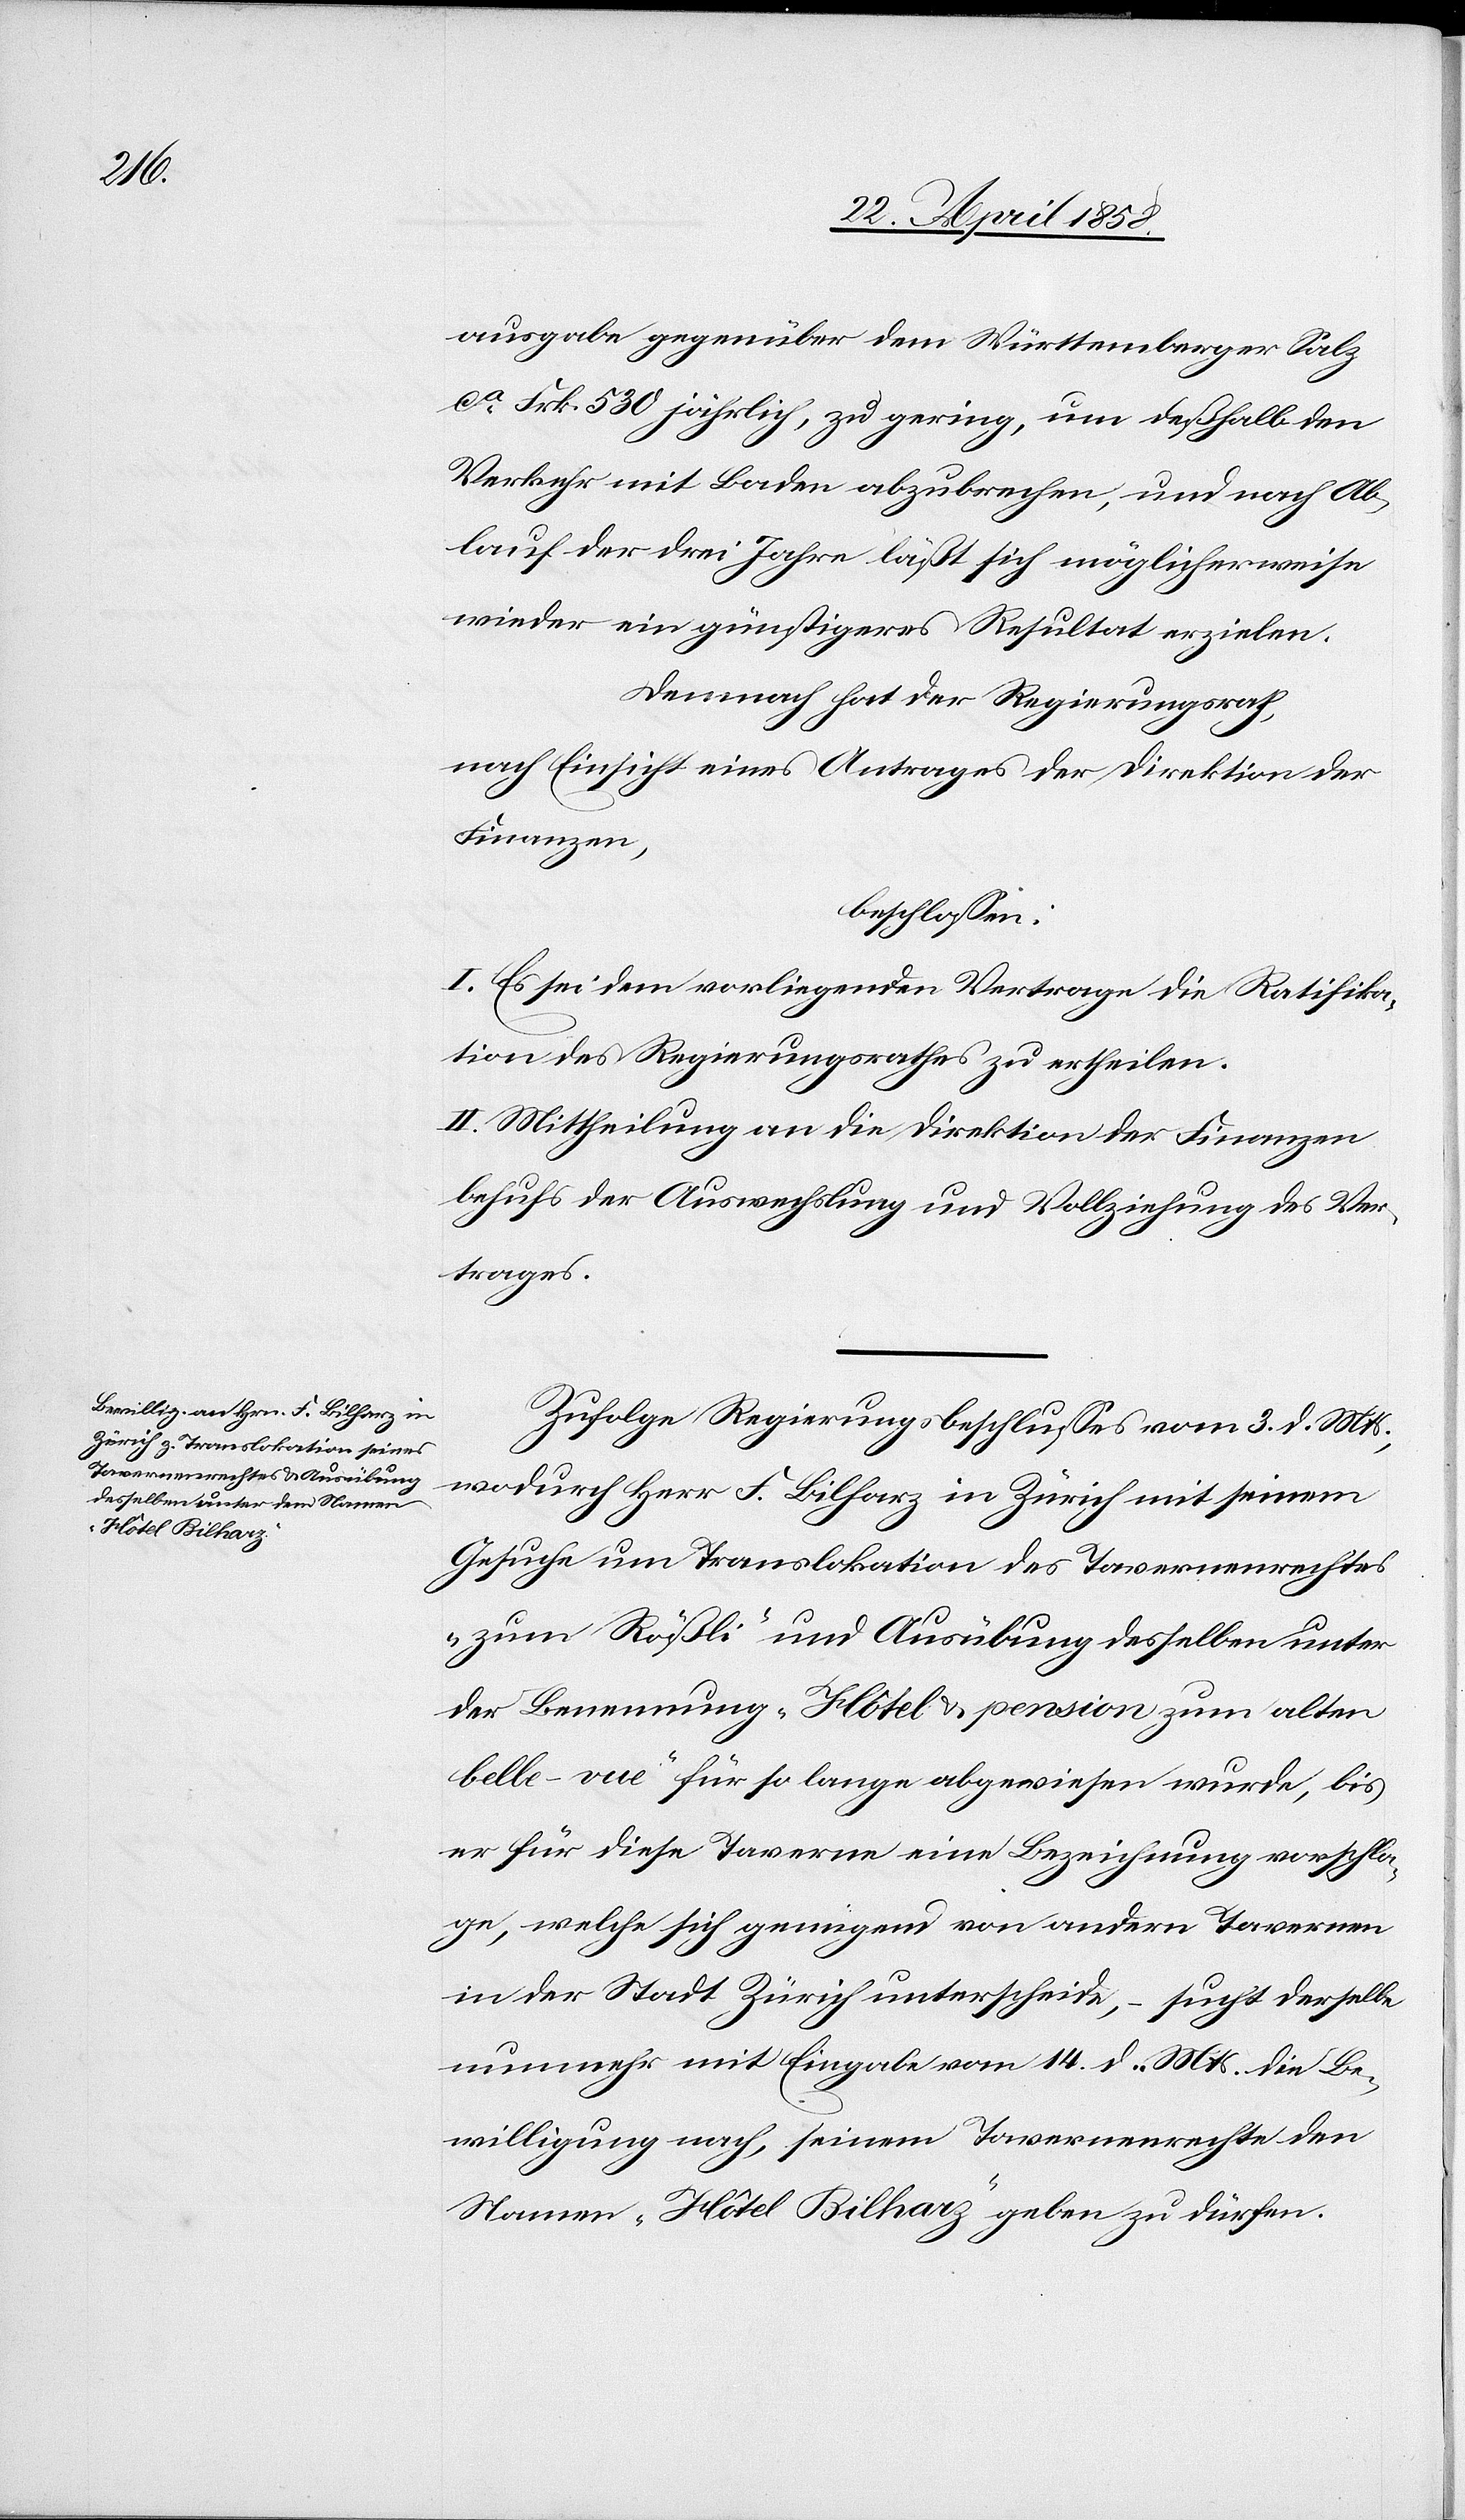
ausgabe gegenüber dem Württemberger Salz
ca Frk. 530 jährlich, zu gering, um deßhalb den
Verkehr mit Baden abzubrechen, und nach Ab¬
lauf der drei Jahre läßt sich möglicherweise
wieder ein günstigeres Resultat erzielen.
Demnach hat der Regierungsrath,
nach Einsicht eines Antrages der Direktion der
Finanzen,
beschlossen:
I. Es sei dem vorliegenden Vertrage die Ratifika¬
tion des Regierungsrathes zu ertheilen.
II. Mittheilung an die Direktion der Finanzen
behufs der Auswechslung und Vollziehung des Ver¬
trages.
Zufolge Regierungsbeschluß vom 3. d. Mts.,
wodurch Herr F. Bilharz in Zürich mit seinem
Gesuche um Translokation des Tavernenrechtes
„zum Rößli“ und Ausübung desselben unter
der Benennung „Hôtel u. pension zum alten
Belle-vue“ für so lange abgewiesen wurde, bis
er für diese Taverne eine Bezeichnung vorschla¬
ge, welche sich genügend von andern Tavernen
in der Stadt Zürich unterscheide, – sucht derselbe
Namen „Hôtel Bilharz“ geben zu dürfen.